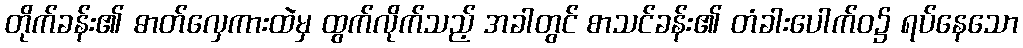
တိုက်ခန်း၏ ဓာတ်လှေကားထဲမှ ထွက်လိုက်သည့် အခါတွင် စာသင်ခန်း၏ တံခါးပေါက်ဝ၌ ရပ်နေသော